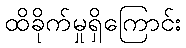
ထိခိုက်မှုရှိကြောင်း